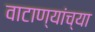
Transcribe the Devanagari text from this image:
वाटाण्यांच्या